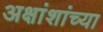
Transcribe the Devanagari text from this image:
अक्षांशांच्या